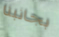
بجانبنا